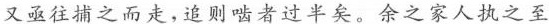
又亟往捕之而走，追则啮者过半矣。余之家人执之至